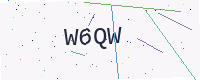
Text: W6QW